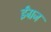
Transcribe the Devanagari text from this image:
ईंग्रज